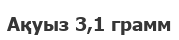
Ақуыз 3,1 грамм